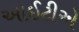
આઈટીએ